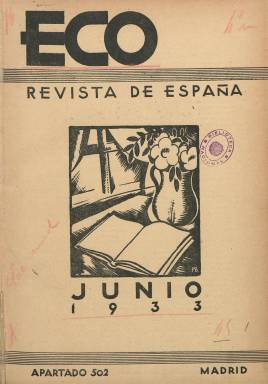
Título: Eco (Madrid. 1933)
Colección: Literatura
Ámbito geográfico: Madrid
Lugar de publicación: Madrid
Fechas: 01/06/1933-30/06/1935

Revista de divulgación cultural que con el subtítulo de Revista de España se hacía eco, de ahí su nombre, de los libros que se publicaban en España y el extranjero. En su primer número de junio de 1933 declaraba sus objetivos: “La no especialización, el desecho de todo prejuicio y el no hacer política de cercado literario”. Lo que quería decir que reseñaba libros de todas las materias, no solo literarias, y que lo hacía sin anteojeras políticas. “Eco no es revista de minorías ni de vanguardias, sino de todos y para todos”, declaraba con afán de universalidad.

   La publicación, con paginación diferente en cada número, comenzó siendo mensual pero con el paso del tiempo su periodicidad se fue ampliando hasta que finalmente desapareció en el verano de 1935, pese a que contaba con abundante publicidad de las casas editoriales. Quizá influyó el gran número de revistas culturales que salían al mercado por entonces y la politización cada vez mayor de la sociedad española.

   Además de la glosa de libros, la revista tenía secciones como la del ‘Museo literario’, con estudios de las figuras representativas de cada género literario en cada época, así como otra denominada ‘Antología del cuento’.

   En su primer número, la revista reseñó la obra Momentos estelares de la humanidad, de Stefan Zweig, con relatos históricos novelados dedicados a Napoléon, Goethe y  Dostoievsky, entre otros. Y en el número de marzo-abril de 1934, se puede leer una entrevista al director de la Biblioteca Nacional, Miguel Artigas, sobre las reformas realizadas en el edificio y sus salas para atender a la gran demanda de lectores: una media de 3.500 diarios.

   Aunque el artículo con más trascendencia cultural que publicó esta revista de vida efímera fue el firmado por Carlos y Pedro Caba con el título La rehumanización de arte, en el número 9 de octubre de 1934. En clara alusión al famoso ensayo de Ortega y Gasset que lleva por título La deshumanización del arte, los autores criticaban la estética de vanguardia (los ismos de las primera décadas del siglo XX), que consideraban una moda ya caduca.

   En el mismo número, a continuación y con el título Jirones, venía una serie de comentarios o críticas del director literario de la revista, Rafael Vázquez Zamora, quien en la primera de ellas arremetía también contra la estética vanguardista por considerarla elitista y olvidar las pasiones y sentimientos humanos. Se puede entender que era en parte una crítica a las primeras producciones de los poetas de la llamada Generación del 27.

   Una excelente reseña de la figura de Rafael Vázquez Zamora como agente cultural apareció en el número 41 de Cuadernos de Investigación Filológica, de la Universidad de La Rioja, en 2015. Su autora, Blanca Ripoll Sintes, destaca la actuación de Vázquez Zamora en la España de la posguerra como  representante del grupo Destino en Madrid y secretario del jurado del Premio Nadal, y recuerda su papel cultural en los años de la República como traductor y crítico literario.

[Descripción publicada el 7/2/2020]